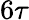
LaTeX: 6\tau